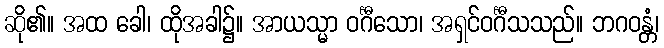
ဆို၏။ အထ ခေါ၊ ထိုအခါ၌။ အာယသ္မာ ဝင်္ဂီသော၊ အရှင်ဝင်္ဂီသသည်။ ဘဂဝန္တံ၊